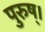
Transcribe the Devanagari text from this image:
पुरुष्।